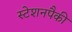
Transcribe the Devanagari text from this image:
स्टेशनपैकी